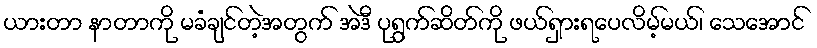
ယားတာ နာတာကို မခံချင်တဲ့အတွက် အဲဒီ ပုရွက်ဆိတ်ကို ဖယ်ရှားရပေလိမ့်မယ်၊ သေအောင်